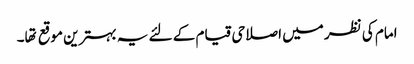
امام کی نظر میں اصلاحی قیام کے لئے یہ بہترین موقع تها۔